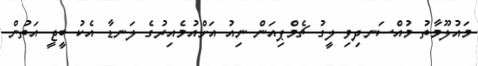
މައުލޫމާތު މުއްސަނދިވި ލީގު ޗެމްޕިއަން ނިއު އަށްއުމެއިރުގެ ލަނޑާ އެކު ބީޖީ އަތުން